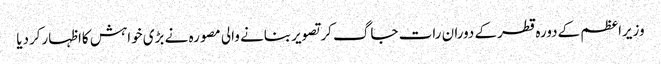
وزیراعظم کےدورہ قطرکے دوران رات جاگ کرتصویربنانے والی مصورہ نے بڑی خواہش کااظہارکردیا